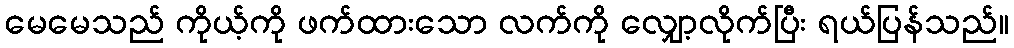
မေမေသည် ကိုယ့်ကို ဖက်ထားသော လက်ကို လျှော့လိုက်ပြီး ရယ်ပြန်သည်။